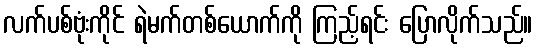
လက်ပစ်ဗုံးကိုင် ရဲမက်တစ်ယောက်ကို ကြည့်ရင်း ပြောလိုက်သည်။